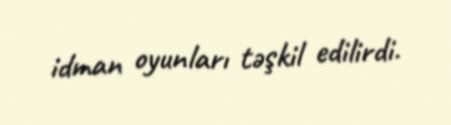
idman oyunları təşkil edilirdi.